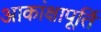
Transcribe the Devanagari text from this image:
आकांक्षापूर्ति